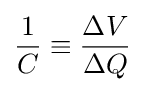
{\frac {1}{C}}\equiv {\frac {\Delta V}{\Delta Q}}